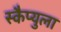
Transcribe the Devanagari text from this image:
स्कैप्युला